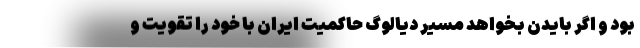
بود و اگر بایدن بخواهد مسیر دیالوگ حاکمیت ایران با خود را تقویت و